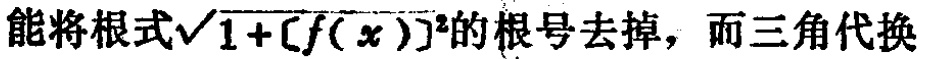
能将根式\(\sqrt{1 + [f(x)]^{2}}\)的根号去掉，而三角代换